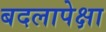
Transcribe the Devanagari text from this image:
बदलापेक्षा